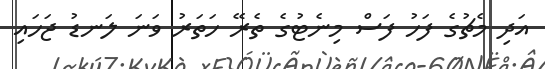
އަދި މެޗުގެ ފަހު ފަސް މިނެޓުގެ ތެރޭ ހަތަރު ވަނަ ލަނޑު ޖަހައި